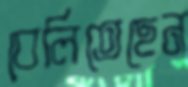
বেলিতেছেন